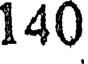
140